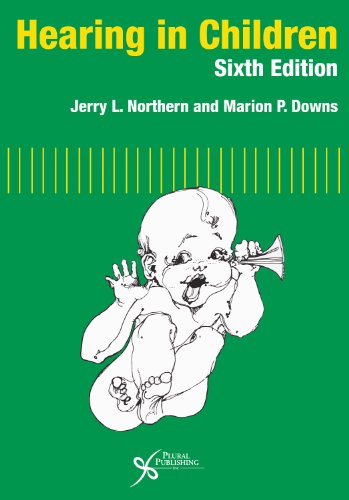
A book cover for Hearing in Children, Sixth Edition; Jerry L. Northern; Medical Books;